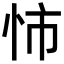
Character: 𢘥